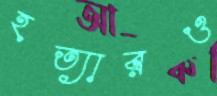
হত্যারও